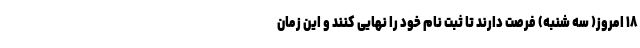
۱۸ امروز( سه شنبه) فرصت دارند تا ثبت نام خود را نهایی کنند و این زمان